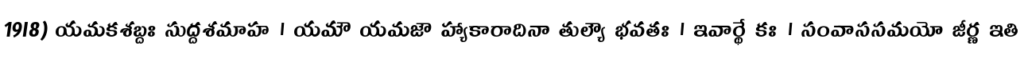
19I8) యమకశబ్దః సుద్దశమాహ । యమౌ యమజౌ హ్యాకారాదినా తుల్యౌ భవతః । ఇవార్థే కః । సంవాససమయో జీర్ణ ఇతి